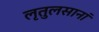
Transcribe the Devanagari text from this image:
लृतुलसानां